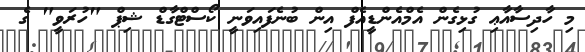
މި ހާދިސާއާޢި ގުޅިގެން އެމްއެންޑީއެފް އިން ބުނެފައިވަނީ ކޯސްޓްގާޑް ޝިޕް "ހުރަވީ" ގެ